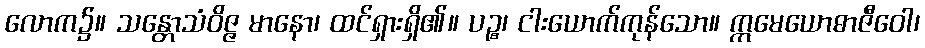
လောက၌။ သန္တောသံဝိဇ္ဇ မာနော၊ ထင်ရှားရှိ၏။ ပဉ္စ၊ ငါးယောက်ကုန်သော။ ဣမေယောဓာဇီဝေါ၊